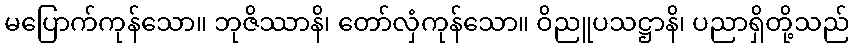
မပြောက်ကုန်သော။ ဘုဇိဿာနိ၊ တော်လှံကုန်သော။ ဝိညူပသဋ္ဌာနိ၊ ပညာရှိတို့သည်